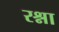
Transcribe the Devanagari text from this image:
रश्ना